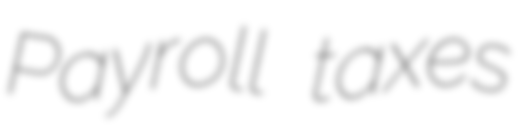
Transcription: Payroll taxes